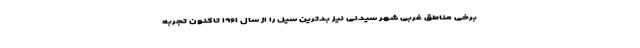
برخی مناطق غربی شهر سیدنی نیز بدترین سیل را از سال ۱۹۶۱ تاکنون تجربه